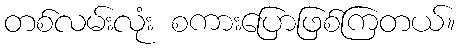
တစ်လမ်းလုံး စကားပြောဖြစ်ကြတယ်။